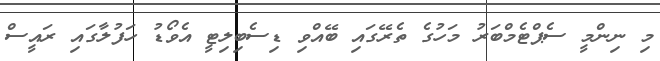
މި ނިންމީ ސެޕްޓެމްބަރު މަހުގެ ތެރޭގައި ބޭއްވި ޑިސެބިލިޓީ އެވޯޑު ހަފުލާގައި ރައީސް